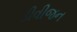
ડીવીજન